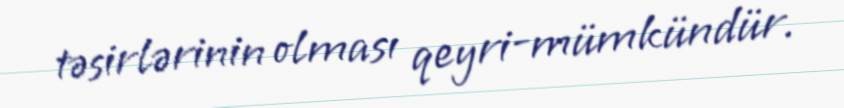
təsirlərinin olması qeyri-mümkündür.